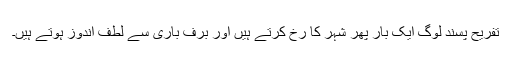
تفریح پسند لوگ ایک بار پھر شہر کا رخ کرتے ہیں اور برف باری سے لطف اندوز ہوتے ہیں۔